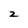
Character: 2